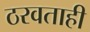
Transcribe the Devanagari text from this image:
ठरवताही